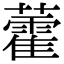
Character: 藿